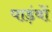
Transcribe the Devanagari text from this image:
पाड़ंवों